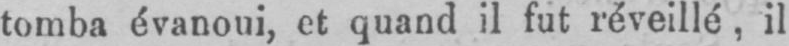
tomba évanoui, et quand il fut réveillé, il